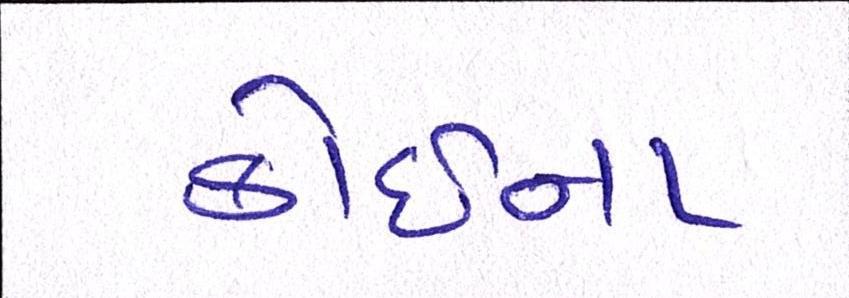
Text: કોઇના